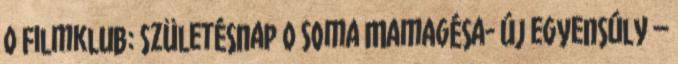
0 Filmklub: Születésnap 0 Soma Mamagésa- Új egyensúly –